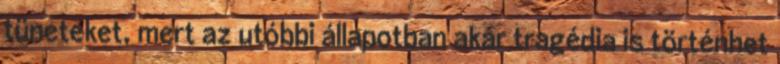
tüneteket, mert az utóbbi állapotban akár tragédia is történhet